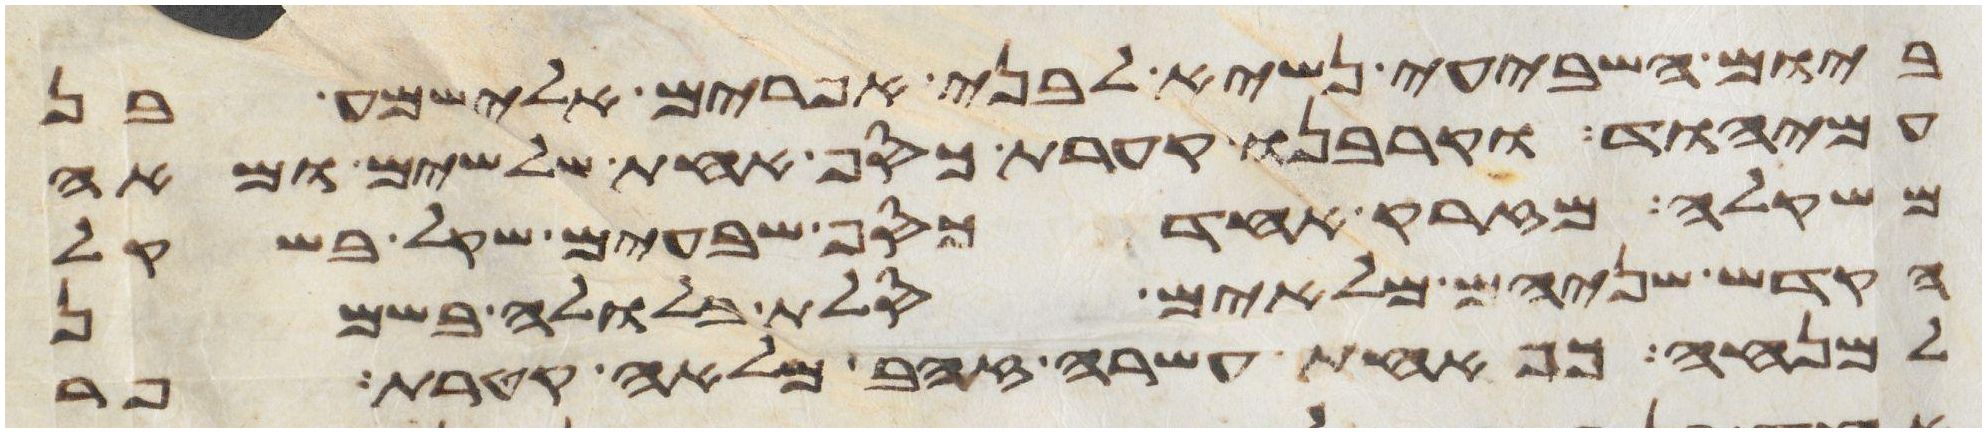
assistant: ביום השביעי נשיא לבני אפרים אלישמע בן
עמיהוד וקרבנו קערת כסף אחת שלשים ומאה
משקלה מזרק אחד כסף שבעים שקל בשקל
הקדש שניהם מלאים סלת בלולה בשמן
למנחה כף אחת עשרה זהב מלאה קטרת פר